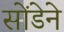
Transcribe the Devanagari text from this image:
सोंडेने